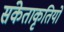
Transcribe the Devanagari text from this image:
संकेताकृतियों